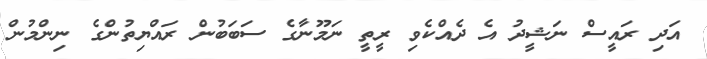
އަދި ރައީސް ނަޝީދު އެ ދެއްކެވި ރީތީ ނަމޫނާގެ ސަބަބުން ރައްޔިތުންގެ ނިންމުން